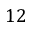
1 2